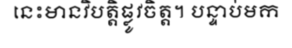
នេះមានវិបត្តិផ្លូវចិត្ត។ បន្ទាប់មក